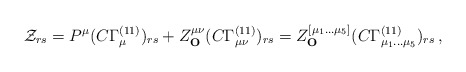
\begin{align*} {\cal{Z}}_{rs} = P^\mu (C\Gamma^{(11)}_\mu)_{rs} + Z^{\mu\nu}_{\bf{O}} (C\Gamma^{(11)}_{\mu\nu})_{rs} = Z^{[\mu_1\ldots \mu_5]}_{\bf{O}} (C\Gamma^{(11)}_{\mu_1 \ldots \mu_5})_{rs}\, ,\end{align*}